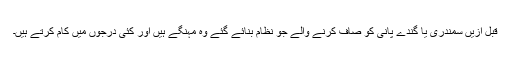
قبل ازیں سمندری یا گندے پانی کو صاف کرنے والے جو نظام بنائے گئے وہ مہنگے ہیں اور کئی درجوں میں کام کرتے ہیں۔